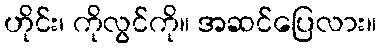
ဟိုင်း၊ ကိုလွင်ကို။ အဆင်ပြေလား။